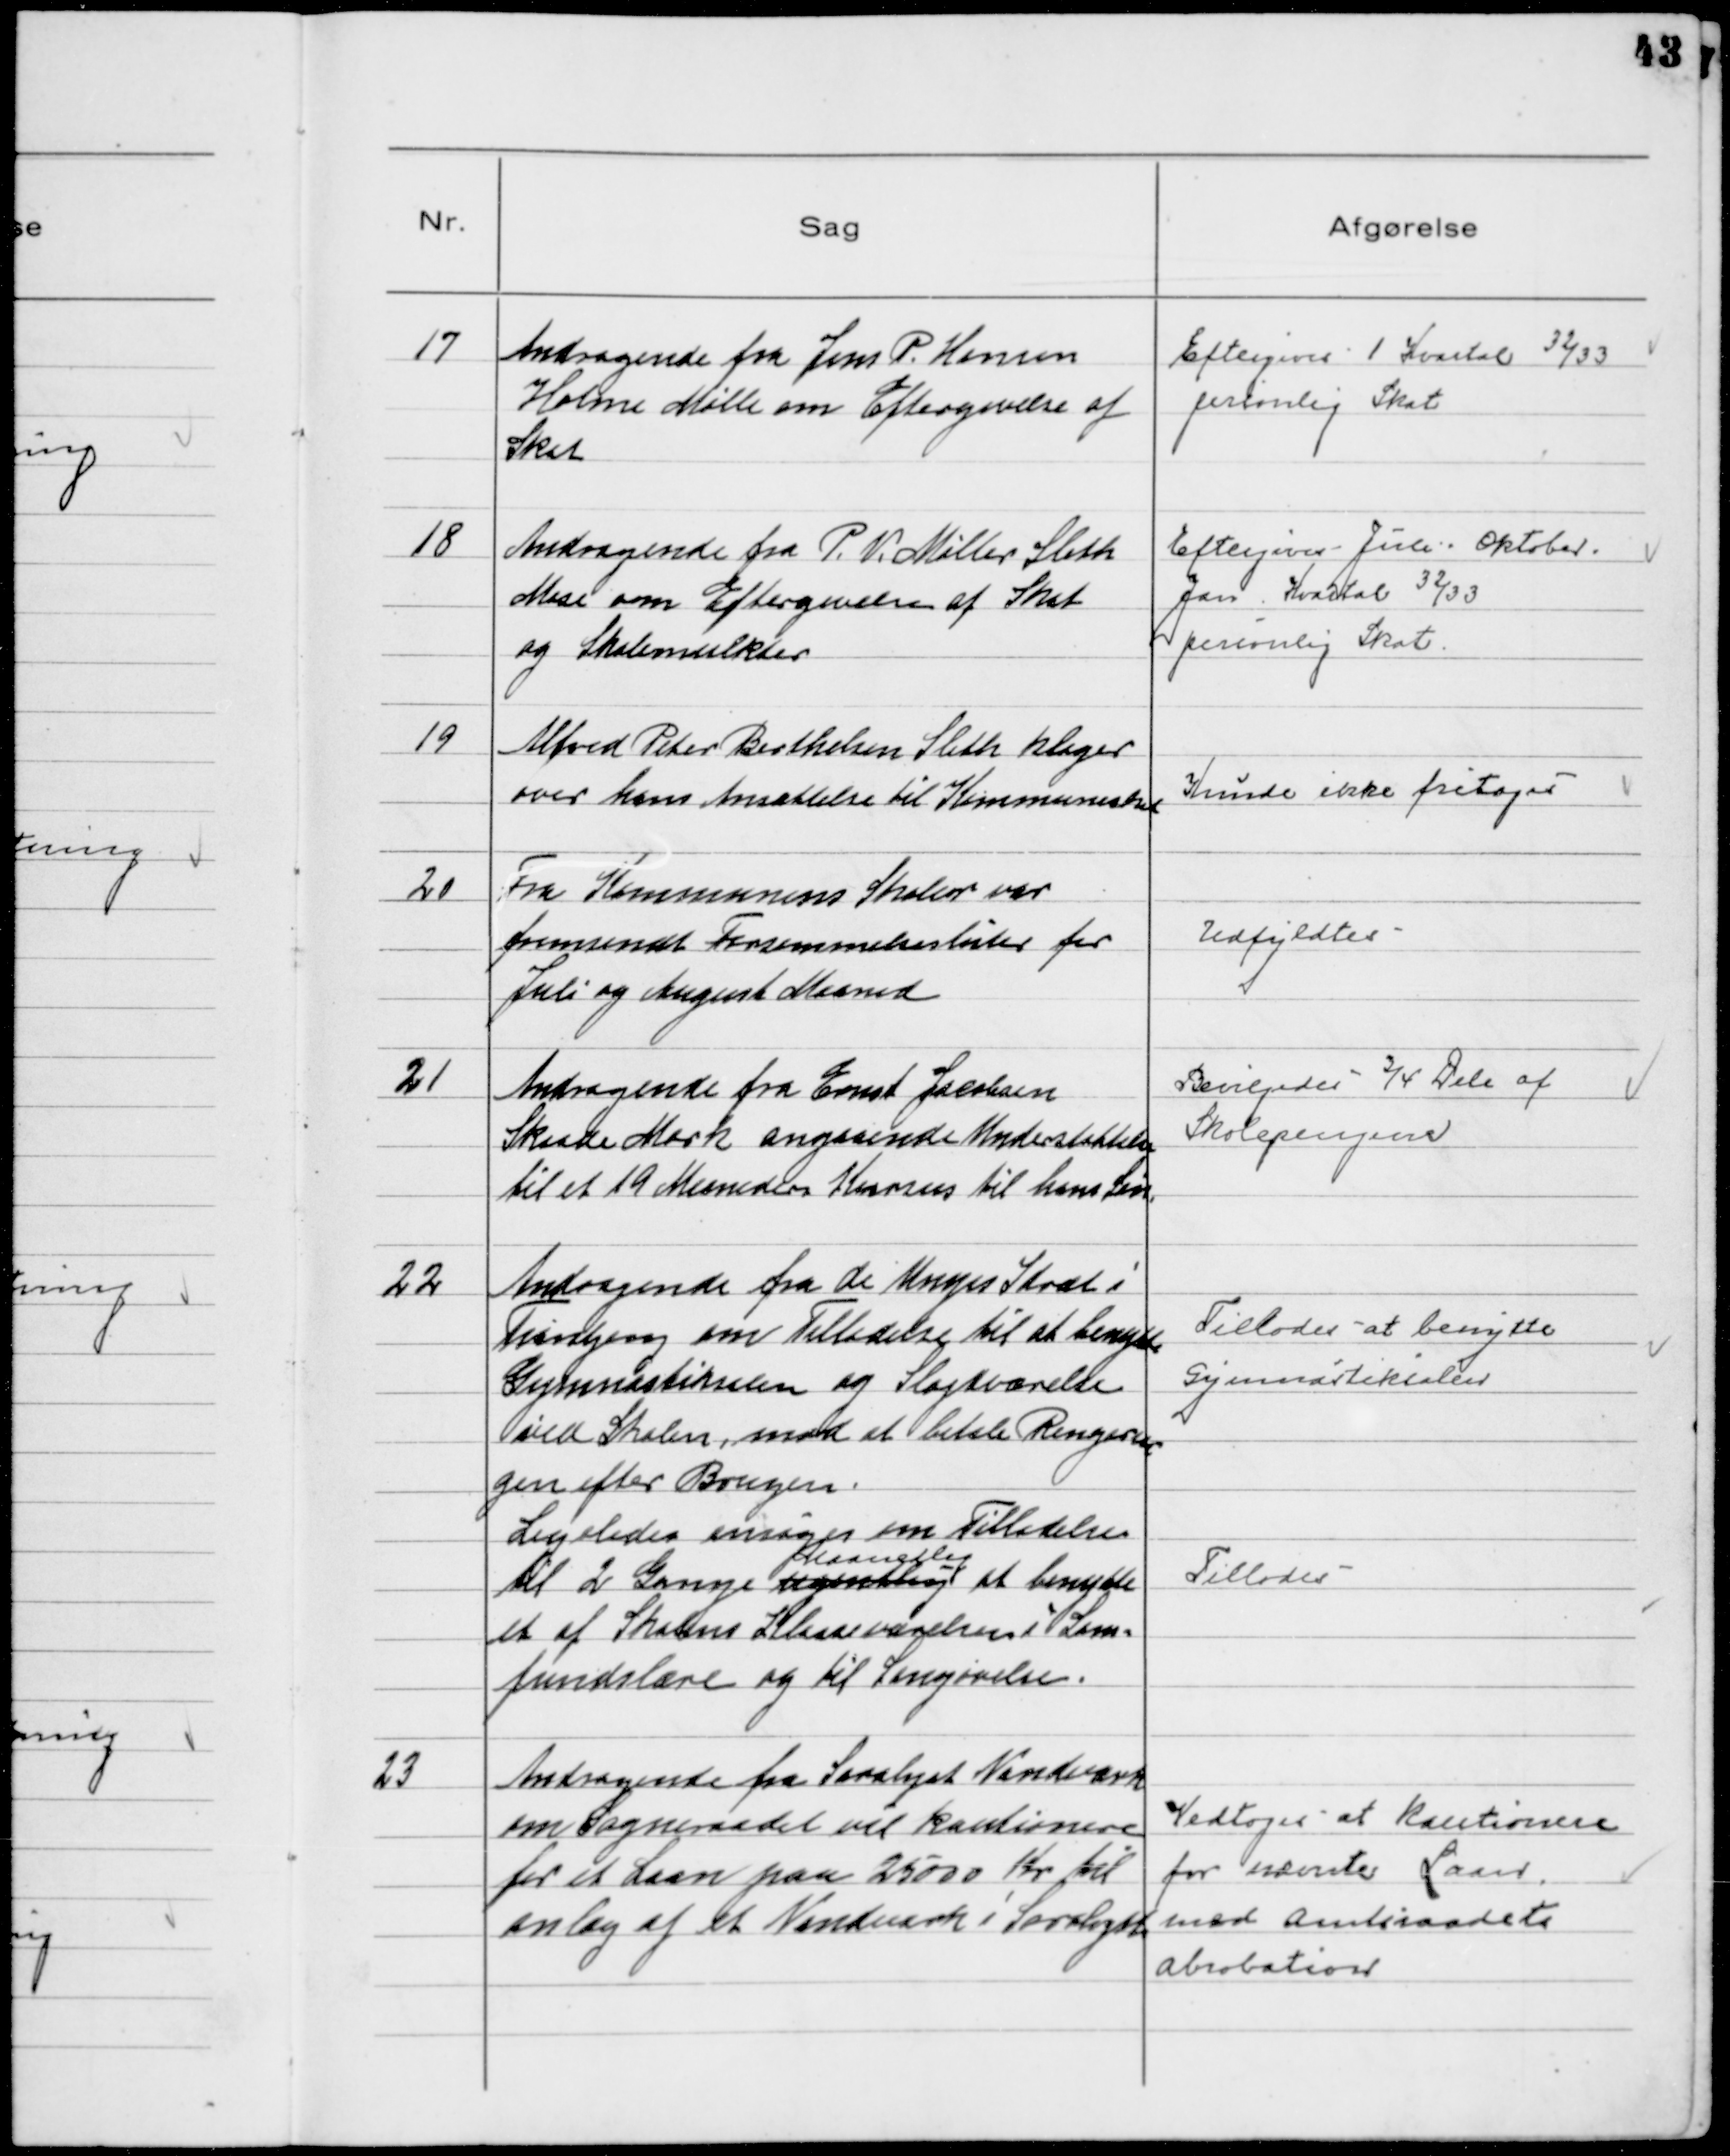
Transskription:
17
Andragende fra Jens P. Hansen
Holme Mølle om Eftergivelse af
Skat

Eftergives 1 Kvartal 32/33
personlig Skat

18
Andragende fra P. V. Møller Sleth
Mose om Egtergivelse af Skat
og Skolemulkter

Eftergives Juli - Oktober -
Jan Kvartal 32/33
personlig Skat.

19
Alfred Peter Berthelsen Sleth klager
over hans Ansættelse til Kommuneskat

Kunde ikke fritages

20
Fra Kommunens Skoler var
fremsendt Forsømmelseslister for
Juli og August Maaned

Udfyldtes

21
Andragende fra Ernst Jacobsen
Skaade Mark angaaende Understøttelse
til et 19 Maaneders Kursus til hans Søn

Bevilgedes ¾ Dele af
Skolepengene

22
Andragende fra de Unges Idræt i
Tranbjerg om Tilladelse til at benytte
Gymnastiksalen og Sløjdværelse
ved Skolen, mod at betale Rengørin
gen efter Brugen.
Ligeledes ansøges om Tilladelse
til 2 Gange ugentlig
Maanedlig
at benytte
et af Skolens Klasseværelser i Sam-
fundslære og til Sangøvelse.

Tillodes at benytte
Gymnastiksalen
Tillodes

23
Andragende fra Saralyst Vandværk
om Sogneraadet vil kautionere
for et Laan paa 25000 Kr til
anlæg af et Vandværk i Saralyst

Vedtoges at kautionere
for nævnte Laan,
med Amtsraadets
Abrobation